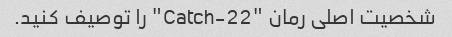
شخصیت اصلی رمان "Catch-22" را توصیف کنید.